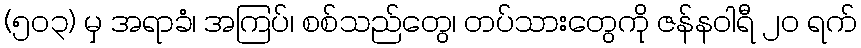
(၅၀၃) မှ အရာခံ၊ အကြပ်၊ စစ်သည်တွေ၊ တပ်သားတွေကို ဇန်နဝါရီ ၂၀ ရက်